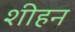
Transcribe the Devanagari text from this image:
शीहन